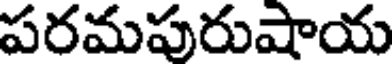
పరమపురుషాయ